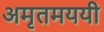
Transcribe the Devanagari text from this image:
अमृतमययी